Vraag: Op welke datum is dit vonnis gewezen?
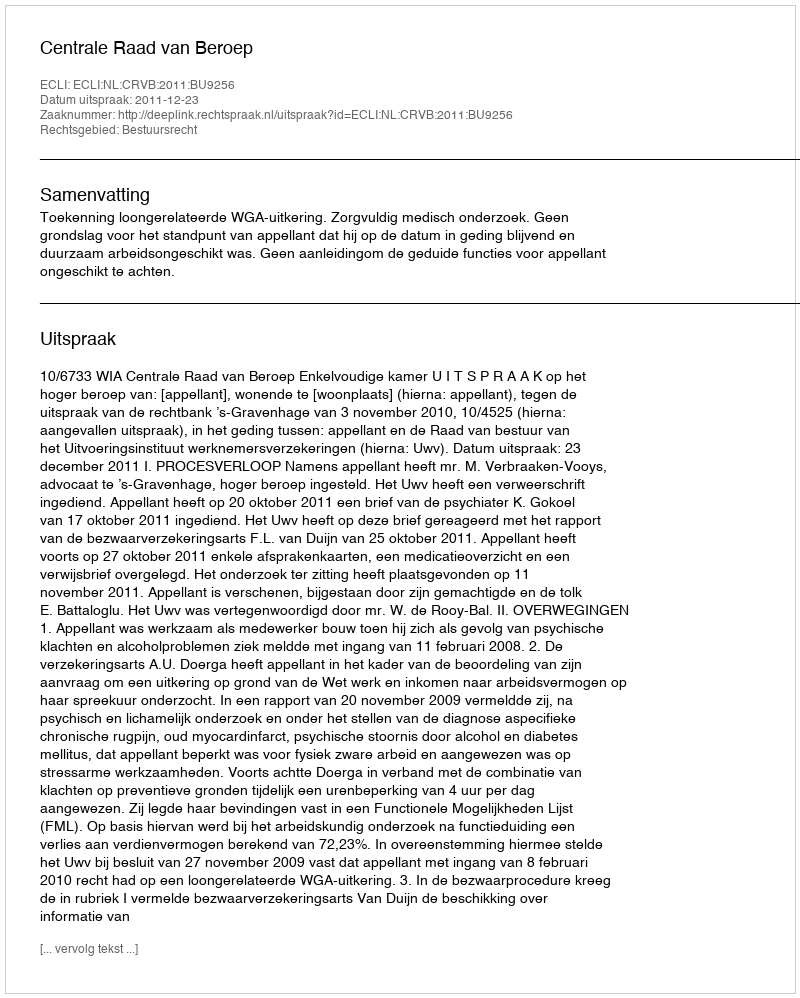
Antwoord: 2011-12-23